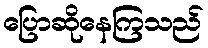
ပြောဆိုနေကြသည်